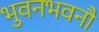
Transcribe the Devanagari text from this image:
भुवनभवनौ